Vital statistics of India. Vol. IV, Annual returns from 1871 to 1876. British Army of India, Native Army and jails of Bengal
Year: 1871
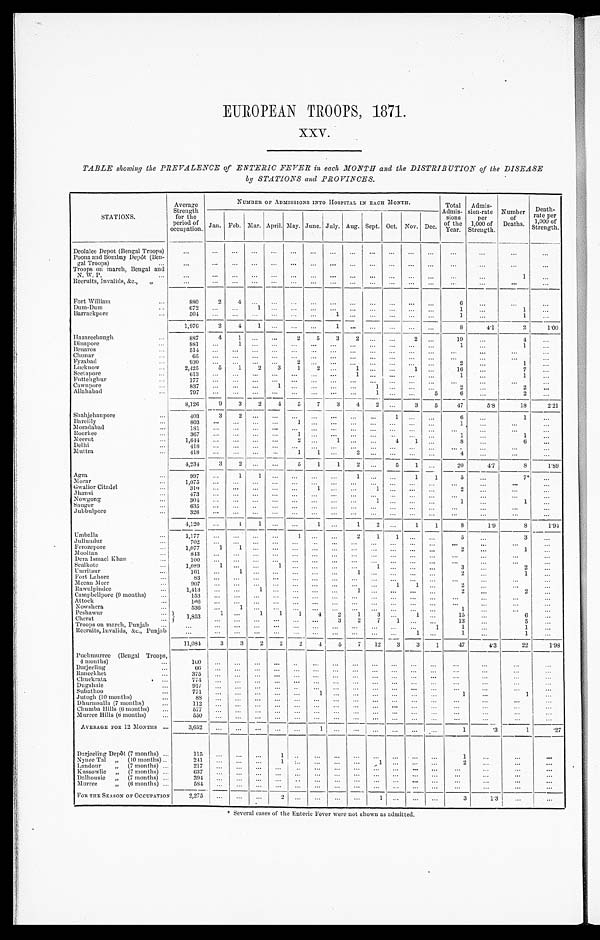
EUROPEAN TROOPS, 1871.
XXV.
TABLE showing the PREVALENCE of ENTERIC FEVER in each MONTH and the DISTRIBUTION of the DISEASE
by STATIONS and PROVINCES.
STATIONS.
Average
Strength
for the
period of
occupation.
NUMBER OF ADMISSIONS INTO HOSPITAL IN EACH MONTH.
Total
Admis- sion
of the
Year.
Admis-
sion-rate
per
1,000 of
Strength.
Number
of
Deaths.
Death-
r a t e p e r
1,000 of
Strength.
Jan. Feb. M a r . April. May. June. July. Aug. Sept. Oct. Nov. Dec.
Deolalee Depot (Bengal Troops)
. . . . . .
... ... . . .
. . .
...
. . .
. . . . . .
... ... ...
. . .
. . .
. . . ...
Poona and Bombay Depôt (Ben-
gal Troops)
...
. . . . . .
... ... . . .
. . .
...
...
. . . . . .
... ...
. . .
. . . ...
...
. . .
Troops on march, Bengal and
N. W. P.
. . . . . .
... ... . . .
. . . ...
. . .
. . .
. . . ... ...
. . .
. . .
. . .
1
. . .
Recruits, Invalids, &c., „
. . . . . .
... ... . . .
. . . ...
. . .
. . .
. . . ... ...
. . .
... ...
. . .
. . .
Fort William
...
880
2
4
...
. . .
. . . ...
. . . ... ... ... ... ...
6
...
...
...
Dum-Dum
...
672 . . .
...
1
. . . . . .
...
. . . ... ... ... ... ...
1 ...
1
...
Barrackpore
... 504
. . . ...
. . . . . .
. . . ...
1
. . .
. . . ... ...
. . .
1
. . .
1
. . .
1,976
2
4
1 . . .
. . . ...
1
. . .
. . . ... ...
. . .
8 4.1
2 1 . 0 0
Hazareebaugh
...
887
4
1 ... . . .
2
5
3
2 ... ...
2 ...
1 9
...
4
. . .
D i n a p o r e
...
881 . . .
1 ...
. . .
. . . ...
. . .
. . .
. . . ... ... ...
1
...
1
...
Benares ...
514
. . . ... ...
. . .
. . . ...
. . . . . .
. . . ... ... ...
. . .
. . . ...
. . .
Chunar
...
65 . . .
... ... . . .
. . . ...
. . . ... ... ... ... ... ... ...
...
...
Fyzabad
...
930 . . .
... ... . . .
2 ...
. . . ... ... ... ... ...
2
. . .
1
. . .
Lucknow
...
2,425
5 1
2
3
1 2
. . . 1
. . . ...
1
. . .
16
. . .
7
. . .
Seetapore ...
613 . . .
... ...
. . . . . .
...
. . . 1
... ... ...
. . .
1 ...
1
. . .
Futtehghur
...
1 7 7
. . . ... ...
. . . . . . ...
. . .
...
. . . ... ...
. . .
. . .
. . .
. . .
...
Cawnpore
...
837 . . .
... ...
1 . . . ...
. . .
...
1 ... ...
. . .
2 ...
2
. . .
Allahabad
...
797 . . .
... ... . . .
. . . ...
. . .
. . .
1 ... ...
5
6 . . .
2
...
8,126
9
3
2
4
5
7
3
4
2 ...
3
5
47
5.8
18
2.21
Shahjehanpore
...
403
3
2 ...
. . .
. . . ...
. . .
...
. . .
1
......
6 ...
1
...
B a r e i l l y
...
803 . . .
... ... . . .
1 ...
. . . ...
...
. . . ... . . .
1
. . . ...
...
Moradabad ...
181
. . . ... ... . . .
. . . ... . . .
. . .
. . . ... ...
. . .
. . .
. . .
. . .
...
Roorkee
...
3 6 7
. . . ... ...
. . . 1 ...
. . .
. . . ... ... ... ...
1
. . .
1
. . .
Meerut
...
1,644 . . .
... ... . . .
2 ...
1
. . .
. . .
4
1
. . .
8 ...
6
. . .
Delhi
..
418
. . . ... ...
. . .
. . . ...
. . . ... ...
. . . ... ...
. . ....
...
. . .
Muttra
...
418 . . .
... ...
. . . 1
1 . . .
2
. . . ... ...
. . .
4
. . .
. . .
. . .
4,234
3 2 ...
. . . 5
1
1
2 ... 5
1
. . .
20
4.7
8
1.89
Agra
997 . . .
1 1
. . .
. . .
. . . . . . 1
...
. . . 1
1
5
. . .
7*
. . .
Morar
...
1,075 . . .
. . . ... . . .
. . .
...
. . .
. . .
. . . ... ... ...
. . ....
. . .
...
Gwalior Citadel
...
3 1 0
. . .
. . . ...
. . .
. . . 1
. . . ...
1 ... ...
. . .
2
. . . ...
. . .
Jhansi
...
473 . . .
... ... . . .
. . . ...
. . .
. . . ... ... ... ... ... ...
...
...
Nowgong
...
3 0 4
. . . ... ...
. . .
. . . ...
. . . ... 1 ... ...
. . .
1 ...
1
...
Saugor
...
6 3 5
. . .
... ... . . .
. . . ...
. . .
. . . ... ... ... ...
. . .
. . .
. . .
. . .
J u b b u l p o r e
. . .
3 2 6
. . .
... ...
. . .
. . . ...
. . . ... . . . ... ...
. . .
. . . ...
. . .
. . .
4, 120
. . .
1
1
. . .
. . .
1
. . . 1 2 ...
1
1
8
1.9
8
1.94
Umballa
...
1,177 . . .
. . . ... . . .
1
. . . . . . 2
1 1
......
5 ...
3
...
Jullundur
...
702 . . .
... ... . . .
. . .
. . . . . .
. . .
. . . ... ... ...
. . ....
...
...
Ferozepore
...
1,077
1
1 ... . . .
. . . ...
. . . . . .
. . . ... ...
. . .
2
. . .
1
...
Mooltan
...
8 4 3
. . .
. . . ...
. . .
. . . ...
. . . ... ... ... ...
. . .
...
. . .
. . .
...
Dera Ismael khan
...
100
. . . ... ... . . . . . . ...
. . . ... ... ... ...
. . .
... ...
. . .
...
Sealkote
...
1,089
1 ... ...
1
. . . ...
. . .
. . .
1 ... ...
. . .
3
. . .
2
. . .
Umritsur
...
161
. . . 1 ...
. . .
. . . ...
. . .
1
... ... ... ... 2 ...
1
...
Fort Lahore
...
83
. . . ... ...
. . .
. . . ...
. . . ...
. . . ... ...
. . .
. . . ...
. . .
. . .
Meean Meer
...
907
. . . ... ...
. . .
. . . ...
. . . ...
...
1
1 ... 2
. . .
. . . ...
Rawulpindee
...
1,413
. . .
...
1 . . .
. . . ...
. . .
1 ...
. . . ... ... 2
. . .
2
. . .
Campbellpore (9 months)
...
153 . . .
...
. . . . . .
. . . ...
. . .
. . .
. . . ... ...
. . .
...
. . .
. . .
. . .
Attock ..
1 6 6 . . . ...
. . . . . .
. . . ...
. . . ... ... ... ...
. . .
. . .
. . .
. . . ...
Nowshera
...
536
. . . 1
. . . . . .
. . . ...
. . . ... ... ... ...
. . .
1
. . .
. . .
...
Peshawur
...
1,853
1
...
1
1
1
4
2
1
3 ...
1 . . .
1 5
...
6
. . .
Cherat
...
. . . ...
. . .
. . . . . .
. . . 3 2 7
1 ... ...
1 3
. . .
5
...
Troops on march, Punjab ...
. . . . . .
... . . .
. . .
. . . ...
. . . ...
. . .
. . . ... 1
1
. . .
1
...
Recruits, Invalids, &c., Punjab ...
. . .
. . . ... . . .
. . . . . . ... . . .
. . .
. . . ...
1
. . .
1 ...
1
. . .
11,084
3
3 2
2 2 4
5
7 12
3
3
1
47
4.3
22
1 . 9 8
Puchmurree (Bengal Troops
4 months)
...
1 6 0
. . .
. . . ...
. . .
. . . ...
. . .
... ...
. . . ...
. . .
...
. . .
...
. . .
Darjeeling
. . .
6 6
. . .
. . . ...
. . .
. . .
...
. . .
. . .
. . . ...
... . . .
...
. . .
. . .
. . .
Raneekhet
...
375
. . .
. . . ...
. . .
. . .
...
. . . ...
. . . ... ...
. . .
. . .
. . .
. . .
...
Chuckrata
...
774 . . .
. . . ...
. . . . . . ...
. . . . . .
. . . ... ...
. . .
. . . ...
. . .
. . .
Dugshaie
...
917
. . .
. . . ...
. . . . . . ... . . .
. . .
. . . ... ... ... ...
. . .
. . .
. . .
Subathoo
...
7 7 1
. . . . . . ...
. . . . . .
1
. . . ...
. . . ... ... ...
1
. . .
1
. . .
Jutogh (10 months) ...
8 8
. . .
. . . ...
. . . . . .
. . . . . . . . .
. . . ... ... ...
. . . . . .
. . .
. . .
Dhurmsalla (7 months) . . .
1 1 2
. . .
. . . ...
. . . . . . ... . . . ...
. . . ... ... ...
. . .
. . .
. . .
. . .
Chumba Hills (6 months) ...
577
. . .
. . . ...
. . . . . . ...
. . . . . .
. . . ... ...
. . .
... ...
...
. . .
Murree Hills (6 months) ...
550
. . . . . .
. . .
. . . . . . ...
. . .
. . .
. . . ... ...
. . .
. . .
. . .
. . .
. . .
AVERAGE FOR 12 MONTHS . . .
3,652
. . .
. . .
. . .
. . . . . . 1
. . . ... ... ... ... ...
1
.3
1
. 2 7
Darjeeling Depôt (7 months) ...
115
. . .
. . .
. . .
1
. . . ...
. . . ... ... ... ... ...
1
. . .
. . . ...
Nynee Tal „ (10 months) ...
241
. . . ...
. . .
1
. . .
. . . . . .
. . . 1
. . .
. . . ...
2 . . .
. . .
. . .
Landour „ (7 months) ...
2 1 7
. . . ...
. . .
. . . . . .
. . . . . . ... ...
. . . ... . . .
. . .
. . .
. . .
. . .
Kussowlie „ (7 months) ...
6 3 7
. . . ...
. . .
. . . . . .
. . .
. . . ... ... . . .
. . . . . .
. . .
. . . . . .
...
Dalhousie „ (7 months) ...
3 9 4
. . . ...
. . .
. . . . . .
. . . . . . ... ... . . .
. . .
. . .
. . .
...
. . .
. . .
Murree „ (6 months) ...
584
. . . ...
. . .
. . . . . .
. . . . . .
. . .
. . . . . .
. . .
. . .
. . .
. . .
. . .
. . .
FOR THE SEASON OF OCCUPATION
2,275
. . .
... ...
2
. . .
...
. . . ... 1 ... ... ...
3
1.3 . . .
...
* Several cases of the Enteric Fever were not shown as admitted.